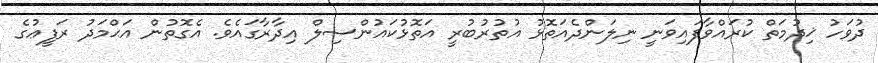
ދުވަހު ޚިދުމަތް ކުރައްވާފައިވަނީ ނިލަންދެއަތޮޅު އުތުރުބުރީ އަތޮޅުކައުންސިލް އިދާރާގައެވެ. އެގޮތުން އަޙްމަދު ރަފީޢުގެ